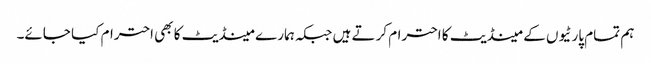
ہم تمام پارٹیوں کے مینڈیٹ کا احترام کرتے ہیں جبکہ ہمارے مینڈیٹ کا بھی احترام کیا جائے۔